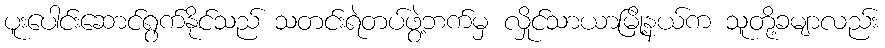
ပူးပေါင်းဆောင်ရွက်နိုင်သည် သတင်းရဲတပ်ဖွဲ့ဘက်မှ လှိုင်သာယာမြို့နယ်က သူတို့ခမျာလည်း